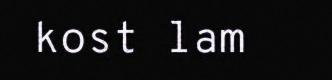
kost lam